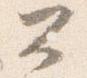
公